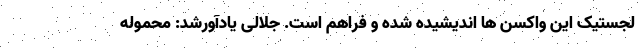
لجستیک این واکسن ها اندیشیده شده و فراهم است. جلالی یادآورشد: محموله